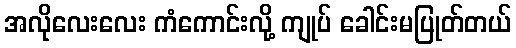
အလိုလေးလေး ကံကောင်းလို့ ကျုပ် ခေါင်းမပြုတ်တယ်